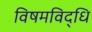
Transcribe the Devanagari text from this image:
विषमविद्धि